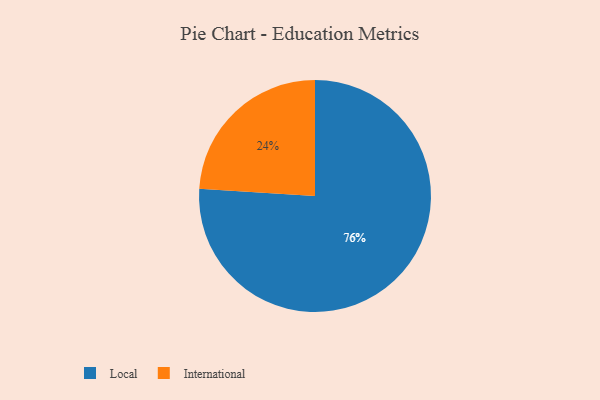
{"axis": {"x": "Category", "y": "Percentage"}, "legend": ["International", "Local"], "data": [{"x": "Local", "y": 76, "type": "Local"}, {"x": "International", "y": 24, "type": "International"}]}